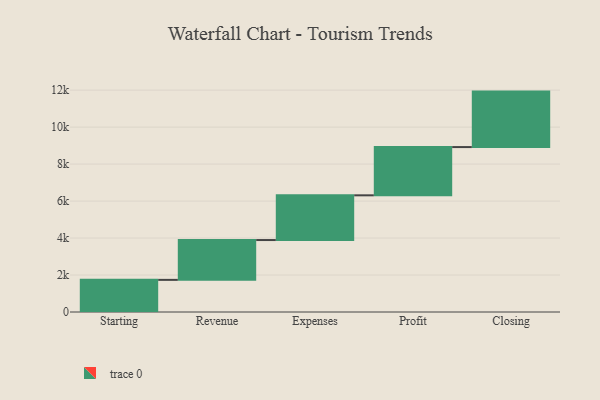
{"axis": {"x": "Step", "y": "Value"}, "legend": [""], "data": [{"x": "Starting", "y": 1738.0, "type": ""}, {"x": "Revenue", "y": 2154.0, "type": ""}, {"x": "Expenses", "y": 2419.0, "type": ""}, {"x": "Profit", "y": 2610.0, "type": ""}, {"x": "Closing", "y": 3000.0, "type": ""}]}